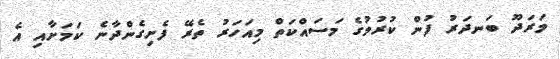
މަރަދޫ ބަނދަރު ފުން ކުރުމުގެ މަސައްކަތް މިއަހަރު ތެރޭ ފެށިގެންދާނެ ކަމަށާއި އެ